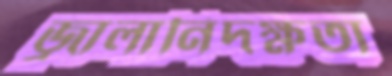
জ্বালানিদক্ষতা